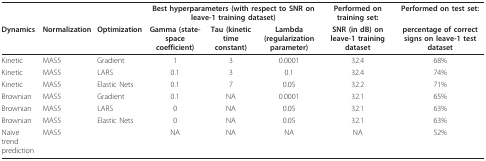
|  |  |  | <COLSPAN=3> Best hyperparameters (with respect to SNR on leave-1 training dataset) | Performed on training set: | Performed on test set: |
 | Dynamics | Normalization | Optimization | Gamma (state-space coefficient) | Tau (kinetic time constant) | Lambda (regularization parameter) | SNR (in dB) on leave-1 training dataset | percentage of correct signs on leave-1 test dataset |
 | --- | --- | --- | --- | --- | --- | --- | --- |
 | Kinetic | MAS5 | Gradient | 1 | 3 | 0.0001 | 32.4 | 68% |
 | Kinetic | MAS5 | LARS | 0.1 | 3 | 0.1 | 32.4 | 74% |
 | Kinetic | MAS5 | Elastic Nets | 0.1 | 7 | 0.05 | 32.2 | 71% |
 | Brownian | MAS5 | Gradient | 0.1 | NA | 0.0001 | 32.1 | 65% |
 | Brownian | MAS5 | LARS | 0 | NA | 0.05 | 32.1 | 63% |
 | Brownian | MAS5 | Elastic Nets | 0 | NA | 0.05 | 32.1 | 63% |
 | Naïve trend prediction | MAS5 |  | NA | NA | NA | NA | 52% |